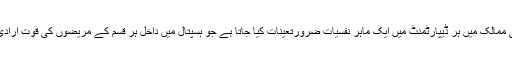
اسی طریقہ علاج کو مد نظر رکھتے ہوئے بالخصوص مغربی ممالک میں ہر ڈیپارٹمنٹ میں ایک ماہر نفسیات ضرورتعینات کیا جاتا ہے جو ہسپتال میں داخل ہر قسم کے مریضوں کی قوت ارادی بہتر کرنے کے لیے بار بار مریض کا دماغ کھاتا رہتا ہے۔